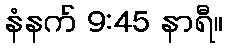
နံနက် 9:45 နာရီ။